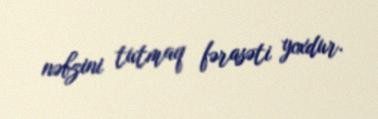
nəbzini tutmaq fərasəti yoxdur.